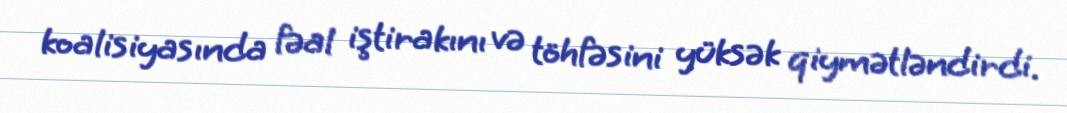
koalisiyasında fəal iştirakını və töhfəsini yüksək qiymətləndirdi.